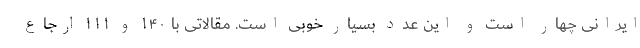
ایرانی چهار است و این عدد بسیار خوبی است. مقالاتی با ۱۴۰ و ۱۱۱ ارجاع